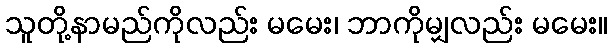
သူတို့နာမည်ကိုလည်း မမေး၊ ဘာကိုမျှလည်း မမေး။